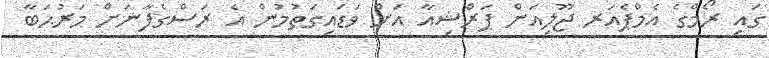
ގައި ރޯމްގެ އެމްޕެއަރ ޖޫލިއަން ޕަރްޝިއާ އަށް ވަޑައިގަތުމުން އެ ރަސްގެފާނަށް މަރުޙަބާ